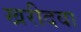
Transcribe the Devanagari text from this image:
खरीदवा